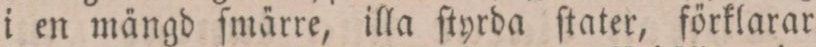
i en mängd ſmärre, illa ſtyrda ſtater, förklarar